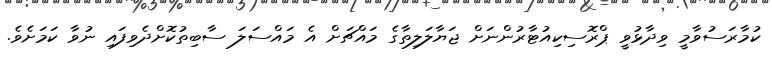
ކުމާރަސުވާމީ ވިދާޅުވީ ޕްރޮސިކިއުޓާރުންނަށް ޖަޔާލަލިތާގެ މައްޗަށް އެ މައްސަލަ ސާބިތުކޮށްދެވިފައި ނުވާ ކަމަށެވެ.